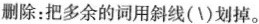
删除：把多余的词用斜线(\)划掉。